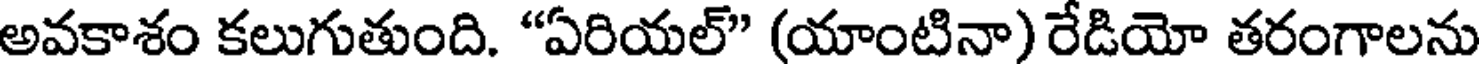
అవకాశం కలుగుతుంది. "ఏరియల్" (యాంటినా) రేడియో తరంగాలను